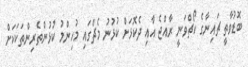
ބޮޑުވާތީ ޗައިނާގެ ކޯޗްވަނީ ރާއްޖެ އާއި ދެކޮޅަށް ކުޅުނު މެޗްގައި މުހިންމު ކުޅުންތެރިންތަކަކަށް